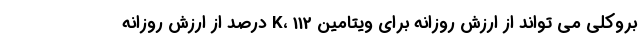
بروکلی می تواند از ارزش روزانه برای ویتامین K، 112 درصد از ارزش روزانه